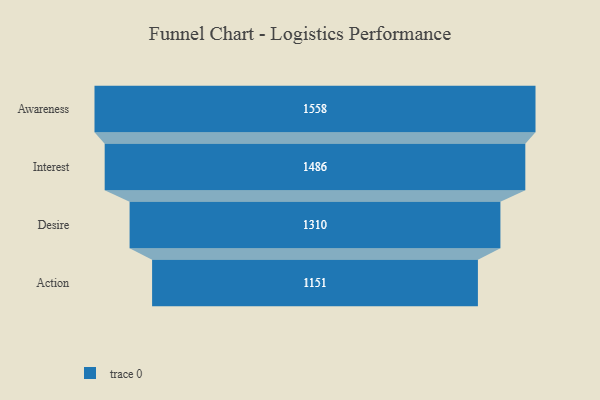
{"axis": {"x": "Stage", "y": "Value"}, "legend": [""], "data": [{"x": "Awareness", "y": 1558.0, "type": ""}, {"x": "Interest", "y": 1486.0, "type": ""}, {"x": "Desire", "y": 1310.0, "type": ""}, {"x": "Action", "y": 1151.0, "type": ""}]}